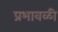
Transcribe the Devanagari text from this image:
प्रभावळी